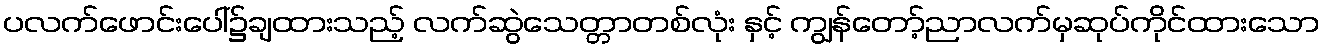
ပလက်ဖောင်းပေါ်၌ချထားသည့် လက်ဆွဲသေတ္တာတစ်လုံး နှင့် ကျွန်တော့်ညာလက်မှဆုပ်ကိုင်ထားသော